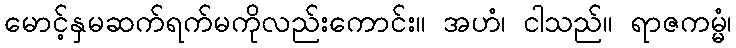
မောင့်နှမဆက်ရက်မကိုလည်းကောင်း။ အဟံ၊ ငါသည်။ ရာဇကမ္မံ၊